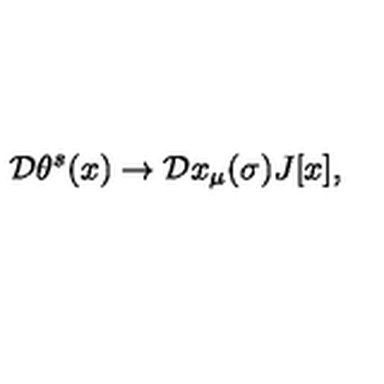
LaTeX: { \cal D } \theta ^ { s } ( x ) \rightarrow { \cal D } x _ { \mu } ( \sigma ) J [ x ] ,